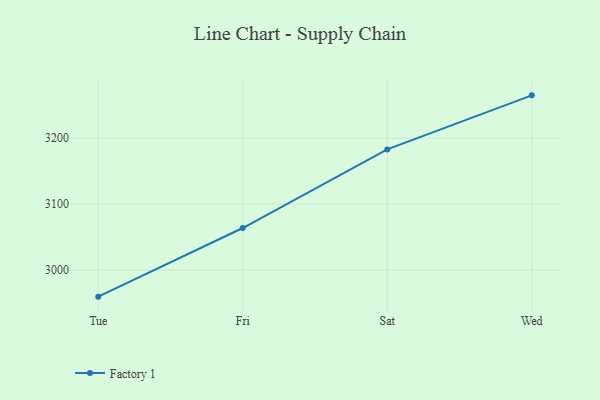
{"axis": {"x": "Day", "y": "Gross Profit (USD K)"}, "legend": ["Factory 1"], "data": [{"x": "Tue", "y": 2959.7, "type": "Factory 1"}, {"x": "Fri", "y": 3063.8, "type": "Factory 1"}, {"x": "Sat", "y": 3183.0, "type": "Factory 1"}, {"x": "Wed", "y": 3265.0, "type": "Factory 1"}]}